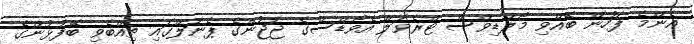
އެންމެ ފަހުން ބޭއްވި މޯލްޑިވްސް ޓްރެވަލް އެވޯޑްސްގެ ޖަޖުންގެ ޕެނަލްގައި ތިއްބެވި ބޭފުޅުންގެ